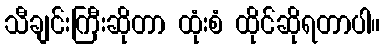
သီချင်းကြီးဆိုတာ ထုံးစံ ထိုင်ဆိုရတာပါ။